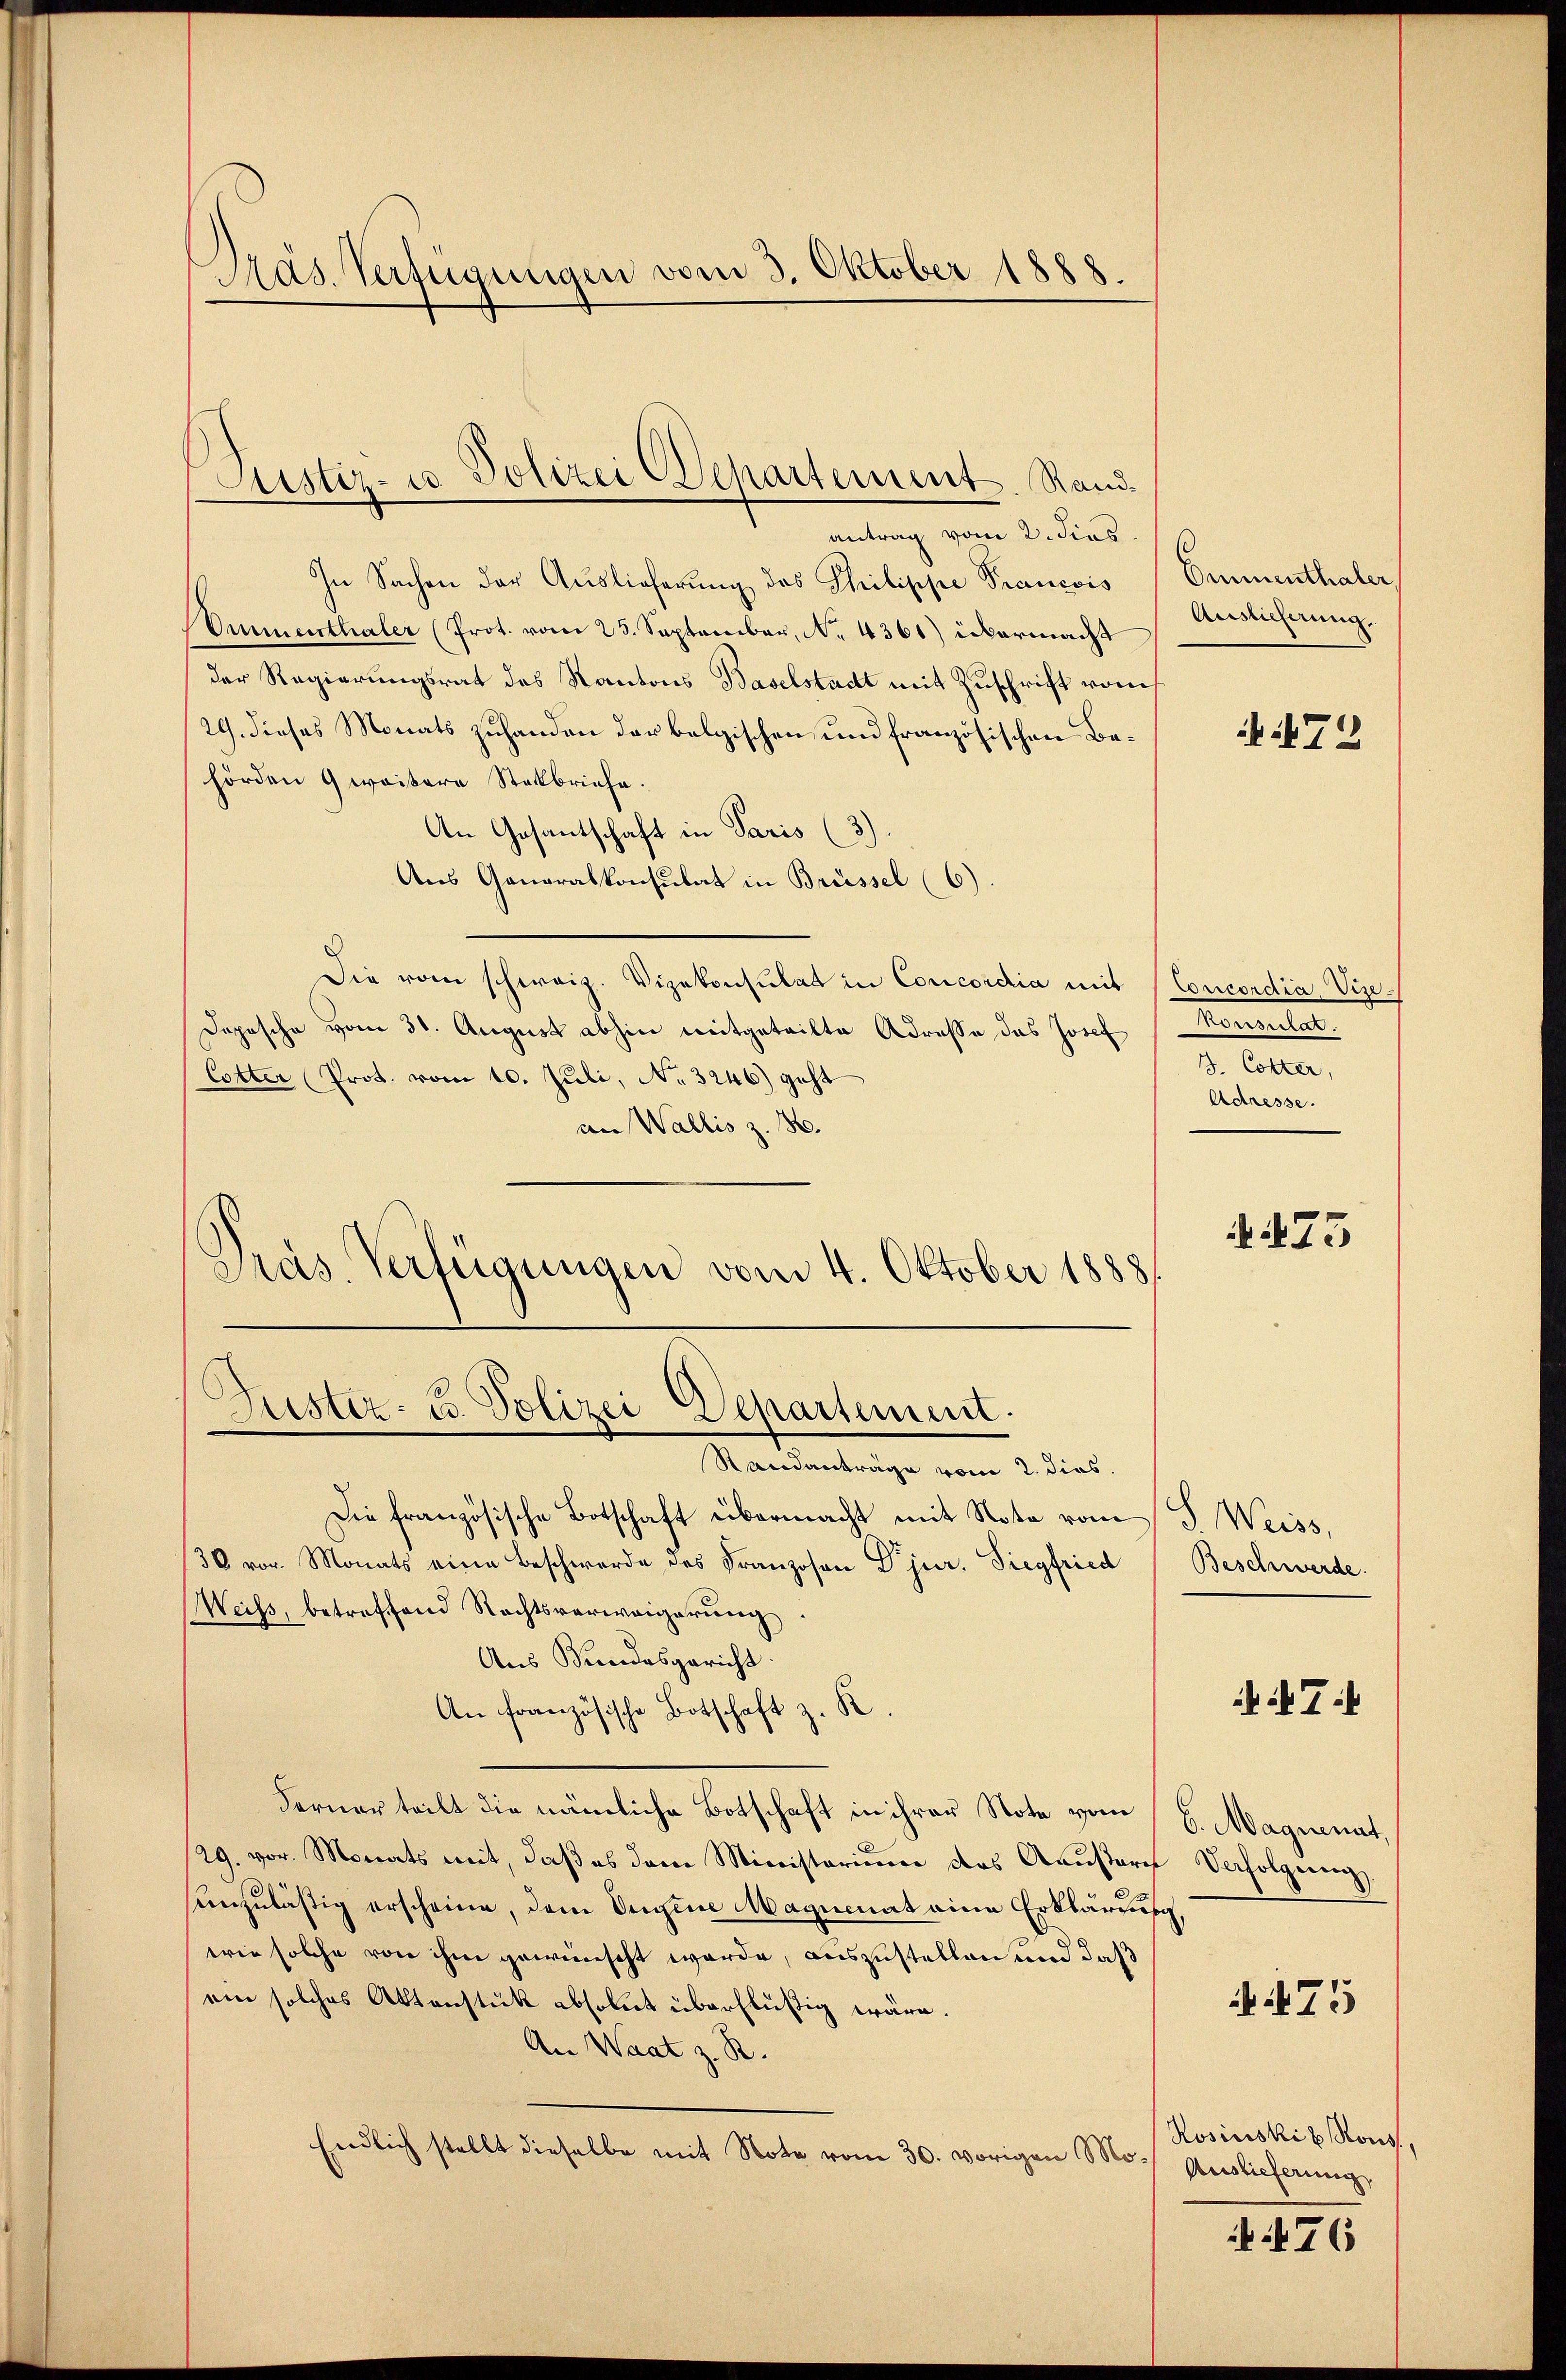
Mas. Verfügungen vom 3. Oktober 1888.

antrag vom 2. dies
In Sachen der Auslieferung des Philippe Prancois
Ammenthaler (Prot. vom 25. September, No. 4361) übermacht
der Regierungsrat des Kantons Baselstacht mit Zuschrift vom
29. dieses Monats zuhanden der belgischen und französischen Behörden 9 weitere Steckbriefe.
An Gesantschaft in Paris (3)
Aus Generalkonsulat in Brüssel (6)
Die vom schweiz. Vizekonsulat in Concordia mit Concordia, Vize¬
Dopische vom 31. August abhin mitgeteilte Adresse das Josef
Cotter Prot. vom 10. Juli, No. 3246) geht
an Wallis z. B.
Präs. Verfügungen vom 4. Oktober 1888

Justiz- u. Polizei Departement. Sand¬

Fuester- u. Polizei Departement.

Randanträge vom 2. dies
Die französische Botschaft übermacht mit Nota vom J. Weiss,
36 vor. Monats eine Beschwerde des Franzosen Dr jur. Siegfried
Weiss, betreffend Rechtsverweigerŭng.
Aus Bundesgericht.
An französische Botschaft z. K.
Ferner teilt die nämliche Botschaft in ihrer Note vom
/29. vor. Monats mit, daß es dem Ministerium das Aausare
sunzuläßig erscheine, dem Ingene Magionat eine Erklärung,
wie solche von ihm gewünscht werde, auszustellen und daß
ein solches Aktenstük absolut überflüßig wäre.
An Waat z. R.
Endlich stellt dieselbe mit Note vom 30. vorigen Mo- Auslieferung

Emmenthaler,
Aussicherung.

472

Konsulat.
J. Cotter,
Adresse.

4473

Beschwerde.

T:

6. Magnenat.
Verfolgŭng.

A 475

Rosinski b Rous,

iit 76